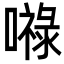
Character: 𭋙